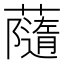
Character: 𧁼